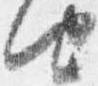
由